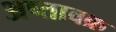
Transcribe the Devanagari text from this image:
अष्तावक्र